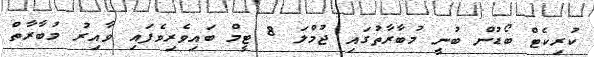
ކުރިކެޓް ބޯޑުން ބުނީ މުބާރާތުގައި ޖުމްލަ 8 ޓީމް ބައިވެރިވެފައި ވާއިރު މުބާރާތް